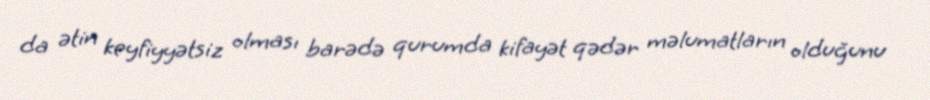
da ətin keyfiyyətsiz olması barədə qurumda kifayət qədər məlumatların olduğunu